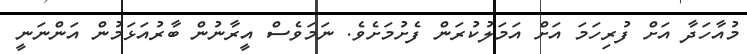
މުއާހަދާ އަށް ފުރިހަމަ އަށް އަމަލުކުރަން ފެށުމަށެވެ. ނަމަވެސް އީރާނުން ބާރުއަޅަމުން އަންނަނީ